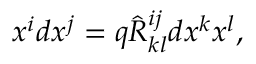
x ^ { i } d x ^ { j } = q \hat { R } _ { k l } ^ { i j } d x ^ { k } x ^ { l } ,